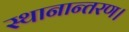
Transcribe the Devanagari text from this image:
स्थानान्तरण।